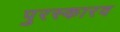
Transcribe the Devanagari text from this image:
पुरस्कारव